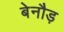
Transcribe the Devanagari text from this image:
बेनौड़